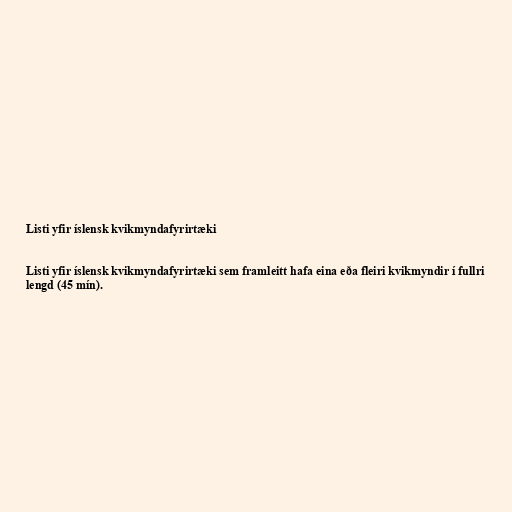
Listi yfir íslensk kvikmyndafyrirtæki

Listi yfir íslensk kvikmyndafyrirtæki sem framleitt hafa eina eða fleiri kvikmyndir í fullri
lengd (45 mín).